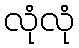
လုံလုံ